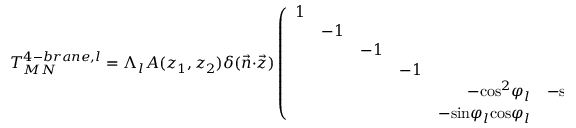
T _ { M N } ^ { 4 - b r a n e , l } = \Lambda _ { l } A ( z _ { 1 } , z _ { 2 } ) \delta ( \vec { n } \cdot \vec { z } ) \left( \begin{array} { r r r r r r } { { 1 } } & { { } } & { { } } & { { } } & { { } } & { { } } \\ { { } } & { { - 1 } } & { { } } & { { } } & { { } } & { { } } \\ { { } } & { { } } & { { - 1 } } & { { } } & { { } } & { { } } \\ { { } } & { { } } & { { } } & { { - 1 } } & { { } } & { { } } \\ { { } } & { { } } & { { } } & { { } } & { { - \mathrm { c o s } ^ { 2 } \varphi _ { l } } } & { { - \mathrm { s i n } \varphi _ { l } \mathrm { c o s } \varphi _ { l } } } \\ { { } } & { { } } & { { } } & { { } } & { { - \mathrm { s i n } \varphi _ { l } \mathrm { c o s } \varphi _ { l } } } & { { - \mathrm { s i n } ^ { 2 } \varphi _ { l } } } \end{array} \right) ,